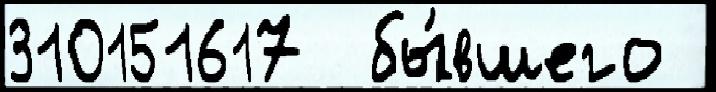
310151617  бы́вшего